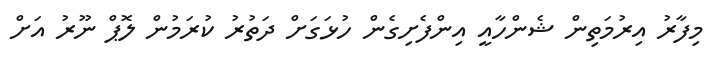
މިފާރު އިރުމަތިން ޝެންހާއީ އިންފެށިގެން ހުޅަގަށް ދަތުރު ކުރަމުން ލޮޕް ނޫރު އަށް